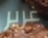
غرير